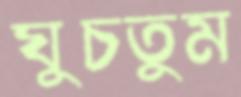
ঘুচতুম